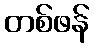
တစ်ဖန်